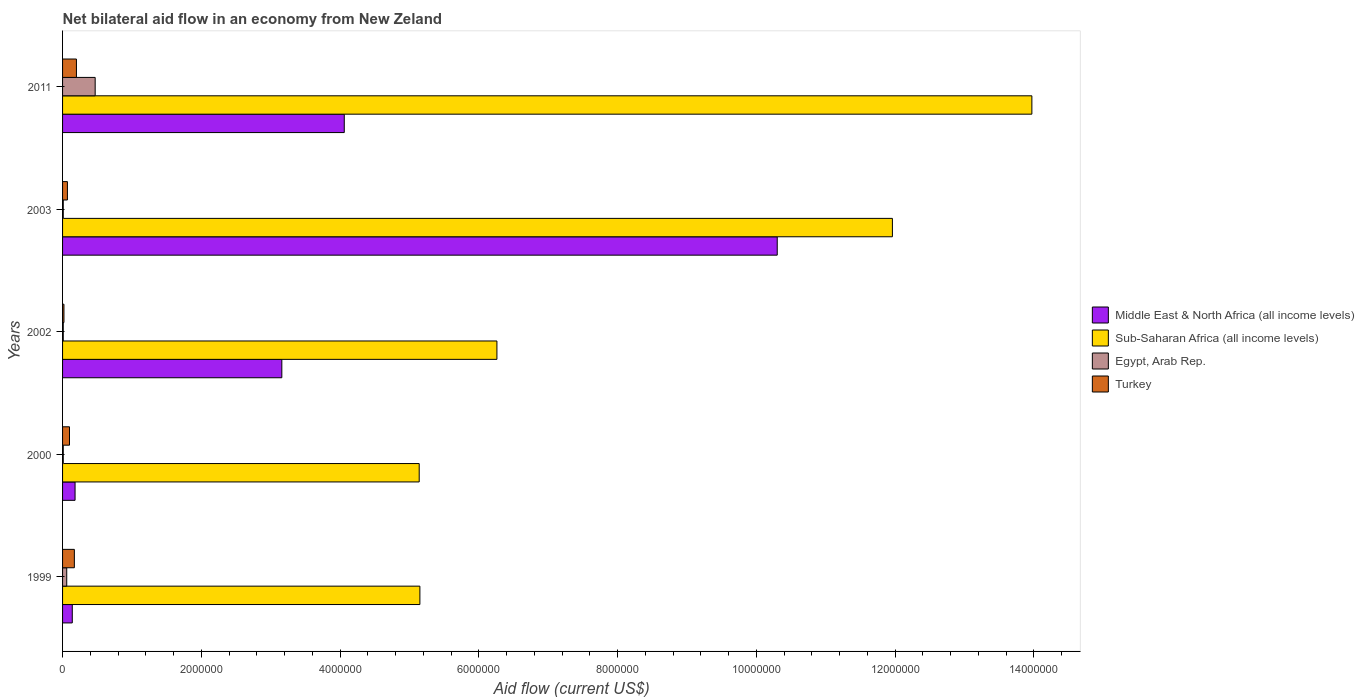
| Years | Middle East & North Africa (all income levels) | Sub-Saharan Africa (all income levels) | Egypt, Arab Rep. | Turkey |
 | --- | --- | --- | --- | --- |
 | 1999 | 1.4e+05 | 5.15e+06 | 6e+04 | 1.7e+05 |
 | 2000 | 1.8e+05 | 5.14e+06 | 1e+04 | 1e+05 |
 | 2002 | 3.16e+06 | 6.26e+06 | 1e+04 | 2e+04 |
 | 2003 | 1.03e+07 | 1.2e+07 | 1e+04 | 7e+04 |
 | 2011 | 4.06e+06 | 1.4e+07 | 4.7e+05 | 2e+05 |